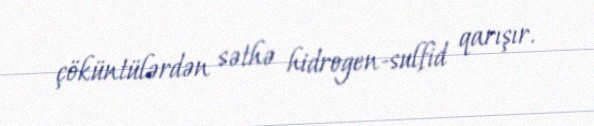
çöküntülərdən səthə hidrogen-sulfid qarışır.